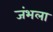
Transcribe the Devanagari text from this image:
जंभला